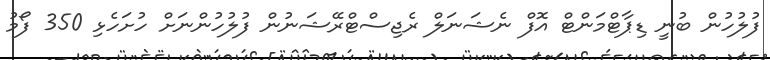
ފުލުހުން ބުނީ ޑިޕާޓްމަންޓް އޮފް ނެޝަނަލް ރެޖިސްޓްރޭޝަނުން ފުލުހުންނަށް ހުށަހެޅި 350 ފޯމު